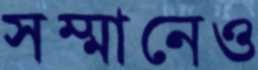
সম্মানেও